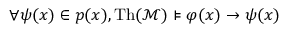
\forall \psi ( { \boldsymbol { x } } ) \in p ( { \boldsymbol { x } } ) , \operatorname { T h } ( { \mathcal { M } } ) \models \varphi ( { \boldsymbol { x } } ) \rightarrow \psi ( { \boldsymbol { x } } )